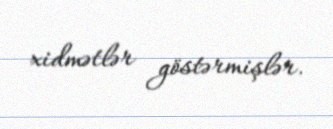
xidmətlər göstərmişlər.